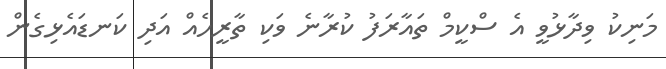
މަނިކު ވިދާޅުވީ އެ ސްކީމް ތައާރަފު ކުރާނެ ވަކި ތާރީހެއް އަދި ކަނޑައެޅިގެން